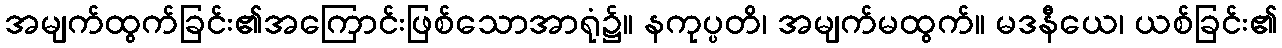
အမျက်ထွက်ခြင်း၏အကြောင်းဖြစ်သောအာရုံ၌။ နကုပ္ပတိ၊ အမျက်မထွက်။ မဒနီယေ၊ ယစ်ခြင်း၏